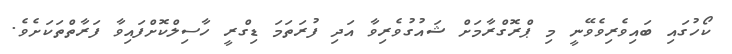
ކޯހުގައި ބައިވެރިވެވޭނީ މި ޕްރޮގްރާމަށް ޝައުގުވެރިވާ އަދި ފުރަތަމަ ޑިގްރީ ހާސިލްކޮށްފައިވާ ފަރާތްތަކަށެވެ.